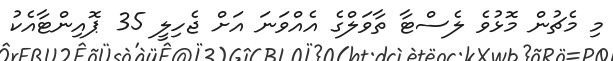
މި މެޗުން މޮޅުވެ ލެސްޓާ ތާވަލްގެ އެއްވަނަ އަށް ޖެހިލީ 35 ޕޮއިންޓާއެކު